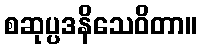
စဆုပ္ပဒနိသေဝိတာ။